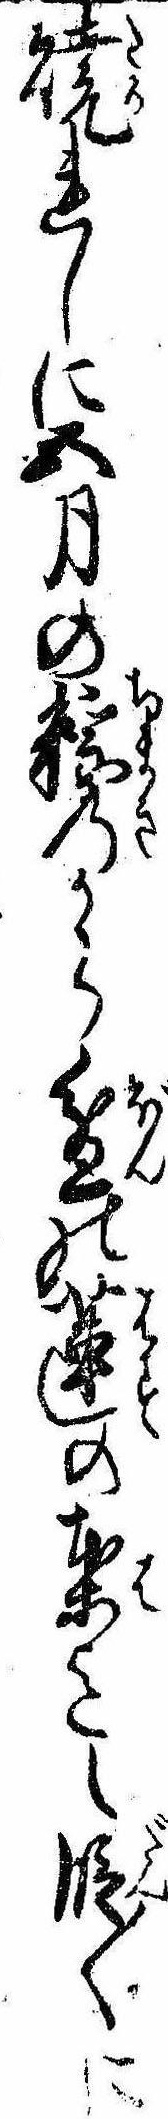
焼れしに五月の粽のから盆の蓮の葉迄も段〱に